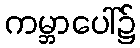
ကမ္ဘာပေါ်၌